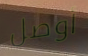
أوصل